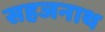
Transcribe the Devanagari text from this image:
सहजनाथ